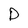
Character: D